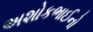
અશોકભાઈનો